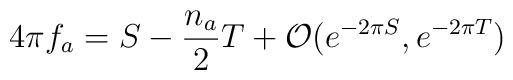
4\pi f_a =S -\frac{n_a}{2} T + {\cal O}(e^{-2\pi S},e^{-2\pi T})